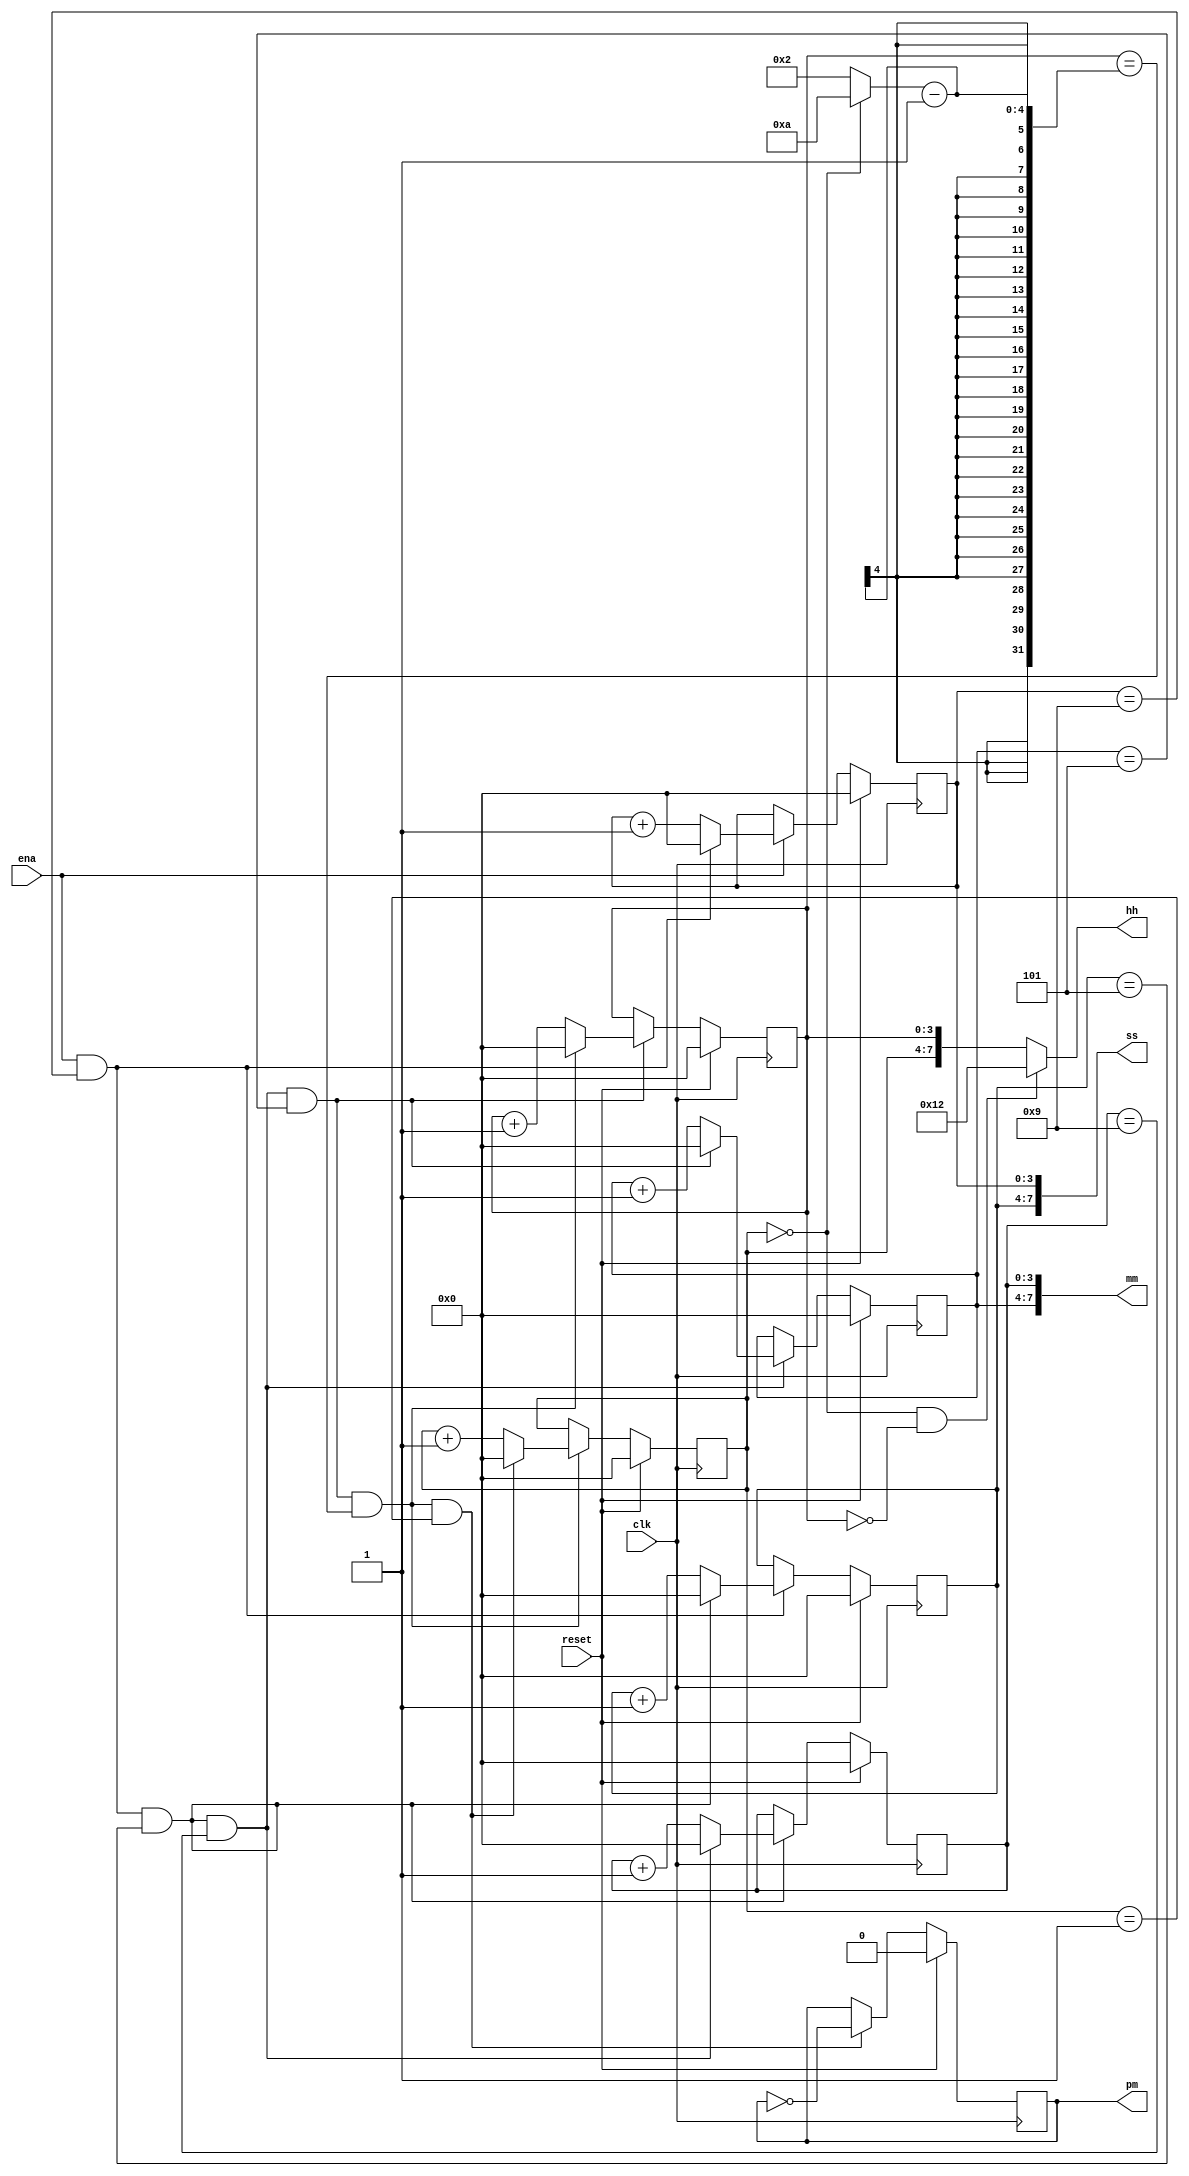
`timescale 1ns / 1ps

module clock_time_counter(
    input clk,
    input reset,
    input ena,
    output pm,
    output [7:0] hh,
    output [7:0] mm,
    output [7:0] ss); 

    reg [3:0] cnt0, cnt1, cnt2, cnt3, cnt4, cnt5;
    assign hh = (cnt5 == 0 && cnt4 == 0) ? {4'd1, 4'd2} : {cnt5, cnt4};
    // assign hh = {cnt5, cnt4};
    assign mm = {cnt3, cnt2};
    assign ss = {cnt1, cnt0};
    reg pm_r;
    assign pm = pm_r;
    
    wire add_cnt0, end_cnt0, add_cnt1, end_cnt1, add_cnt2, end_cnt2, add_cnt3, end_cnt3, add_cnt4, end_cnt4, add_cnt5, end_cnt5;

    wire [3:0] X;
    assign X = (cnt5 == 0) ? 10 : 2;
    always @ (posedge clk) begin
        if (reset) begin
            cnt0 <= 0;
        end
        else if (add_cnt0) begin
            if (end_cnt0)
                cnt0 <= 0;
            else
                cnt0 <= cnt0 + 1'b1;
        end
    end
    assign add_cnt0 = ena;
    assign end_cnt0 = add_cnt0 && cnt0 == 10 - 1;

    always @ (posedge clk) begin
        if (reset) begin
            cnt1 <= 0;
        end
        else if (add_cnt1) begin
            if (end_cnt1)
                cnt1 <= 0;
            else
                cnt1 <= cnt1 + 1'b1;
        end
    end
    assign add_cnt1 = end_cnt0;
    assign end_cnt1 = add_cnt1 && cnt1 == 6 - 1;

    always @ (posedge clk) begin
        if (reset) begin
            cnt2 <= 0;
        end
        else if (add_cnt2) begin
            if (end_cnt2)
                cnt2 <= 0;
            else
                cnt2 <= cnt2 + 1'b1;
        end
    end
    assign add_cnt2 = end_cnt1;
    assign end_cnt2 = add_cnt2 && cnt2 == 10 - 1;

    always @ (posedge clk) begin
        if (reset) begin
            cnt3 <= 0;
        end
        else if (add_cnt3) begin
            if (end_cnt3)
                cnt3 <= 0;
            else
                cnt3 <= cnt3 + 1'b1;
        end
    end
    assign add_cnt3 = end_cnt2;
    assign end_cnt3 = add_cnt3 && cnt3 == 6 - 1;

    always @ (posedge clk) begin
        if (reset) begin
            cnt4 <= 0;
        end
        else if (add_cnt4) begin
            if (end_cnt4)
                cnt4 <= 0;
            else
                cnt4 <= cnt4 + 1'b1;
        end
    end
    assign add_cnt4 = end_cnt3;
    assign end_cnt4 = add_cnt4 && cnt4 == X - 1;

    always @ (posedge clk) begin
        if (reset) begin
            cnt5 <= 0;
        end
        else if (add_cnt5) begin
            if (end_cnt5)
                cnt5 <= 0;
            else
                cnt5 <= cnt5 + 1'b1;
        end
    end
    assign add_cnt5 = end_cnt4;
    assign end_cnt5 = add_cnt5 && cnt5 == 2 - 1;

    always @ (posedge clk) begin
        if (reset)
            pm_r <= 0;
        else if (end_cnt5)
            pm_r <= ~pm_r;
    end
endmodule